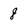
Character: 8